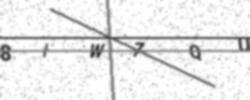
Text: 8IW7QU